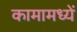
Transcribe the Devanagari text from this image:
कामामध्यें